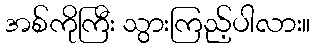
အစ်ကိုကြီး သွားကြည့်ပါလား။